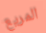
المريع